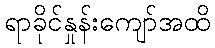
ရာခိုင်နှုန်းကျော်အထိ